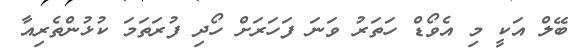
ބޭލް އަކީ މި އެވޯޑް ހަތަރު ވަނަ ފަހަރަށް ހޯދި ފުރަތަމަ ކުޅުންތެރިއާ